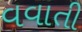
વવાતી